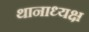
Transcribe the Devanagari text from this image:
थानाध्यक्ष